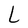
Character: L